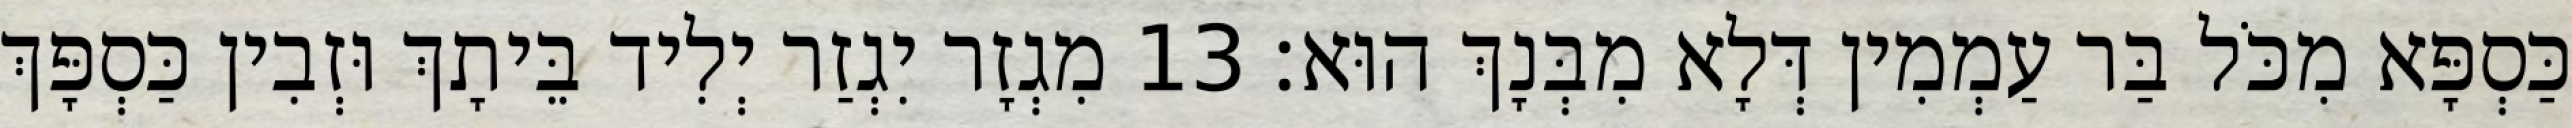
כַּסְפָּא מִכֹּל בַּר עַמְמִין דְּלָא מִבְּנָךְ הוּא׃ 13 מִגְזָר יִגְזַר יְלִיד בֵּיתָךְ וּזְבִין כַּסְפָּךְ